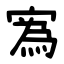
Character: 寪